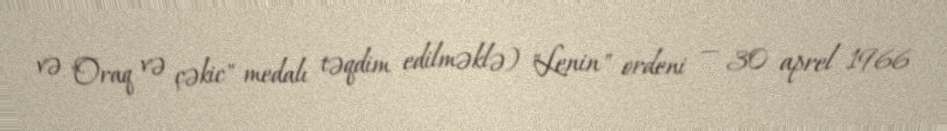
və "Oraq və çəkic" medalı təqdim edilməklə) "Lenin" ordeni — 30 aprel 1966